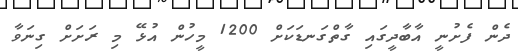
ދެން ފެށުނީ އާބާދީގައި ގާތްގަނޑަކަށް 1200 މީހުން އުޅޭ މި ރަށަށް ގިނަވާ